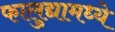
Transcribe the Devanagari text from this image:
फालुद्यामध्ये